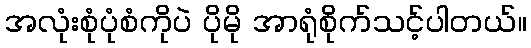
အလုံးစုံပုံစံကိုပဲ ပိုမို အာရုံစိုက်သင့်ပါတယ်။